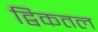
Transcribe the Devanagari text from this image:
द्विकतल